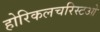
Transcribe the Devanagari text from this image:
होरिकलचरिस्टओ